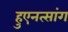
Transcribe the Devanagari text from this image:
हुएनत्सांग